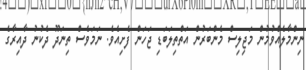
ނިންމާލެއްވުމުން މަޖިލިސް މެންބަރުން އަތްތިލަބަޑި ޖަހަން ފެށިއެވެ. ނަމަވެސް ތިނަދޫ ދެކުނު ދާއިރާގެ